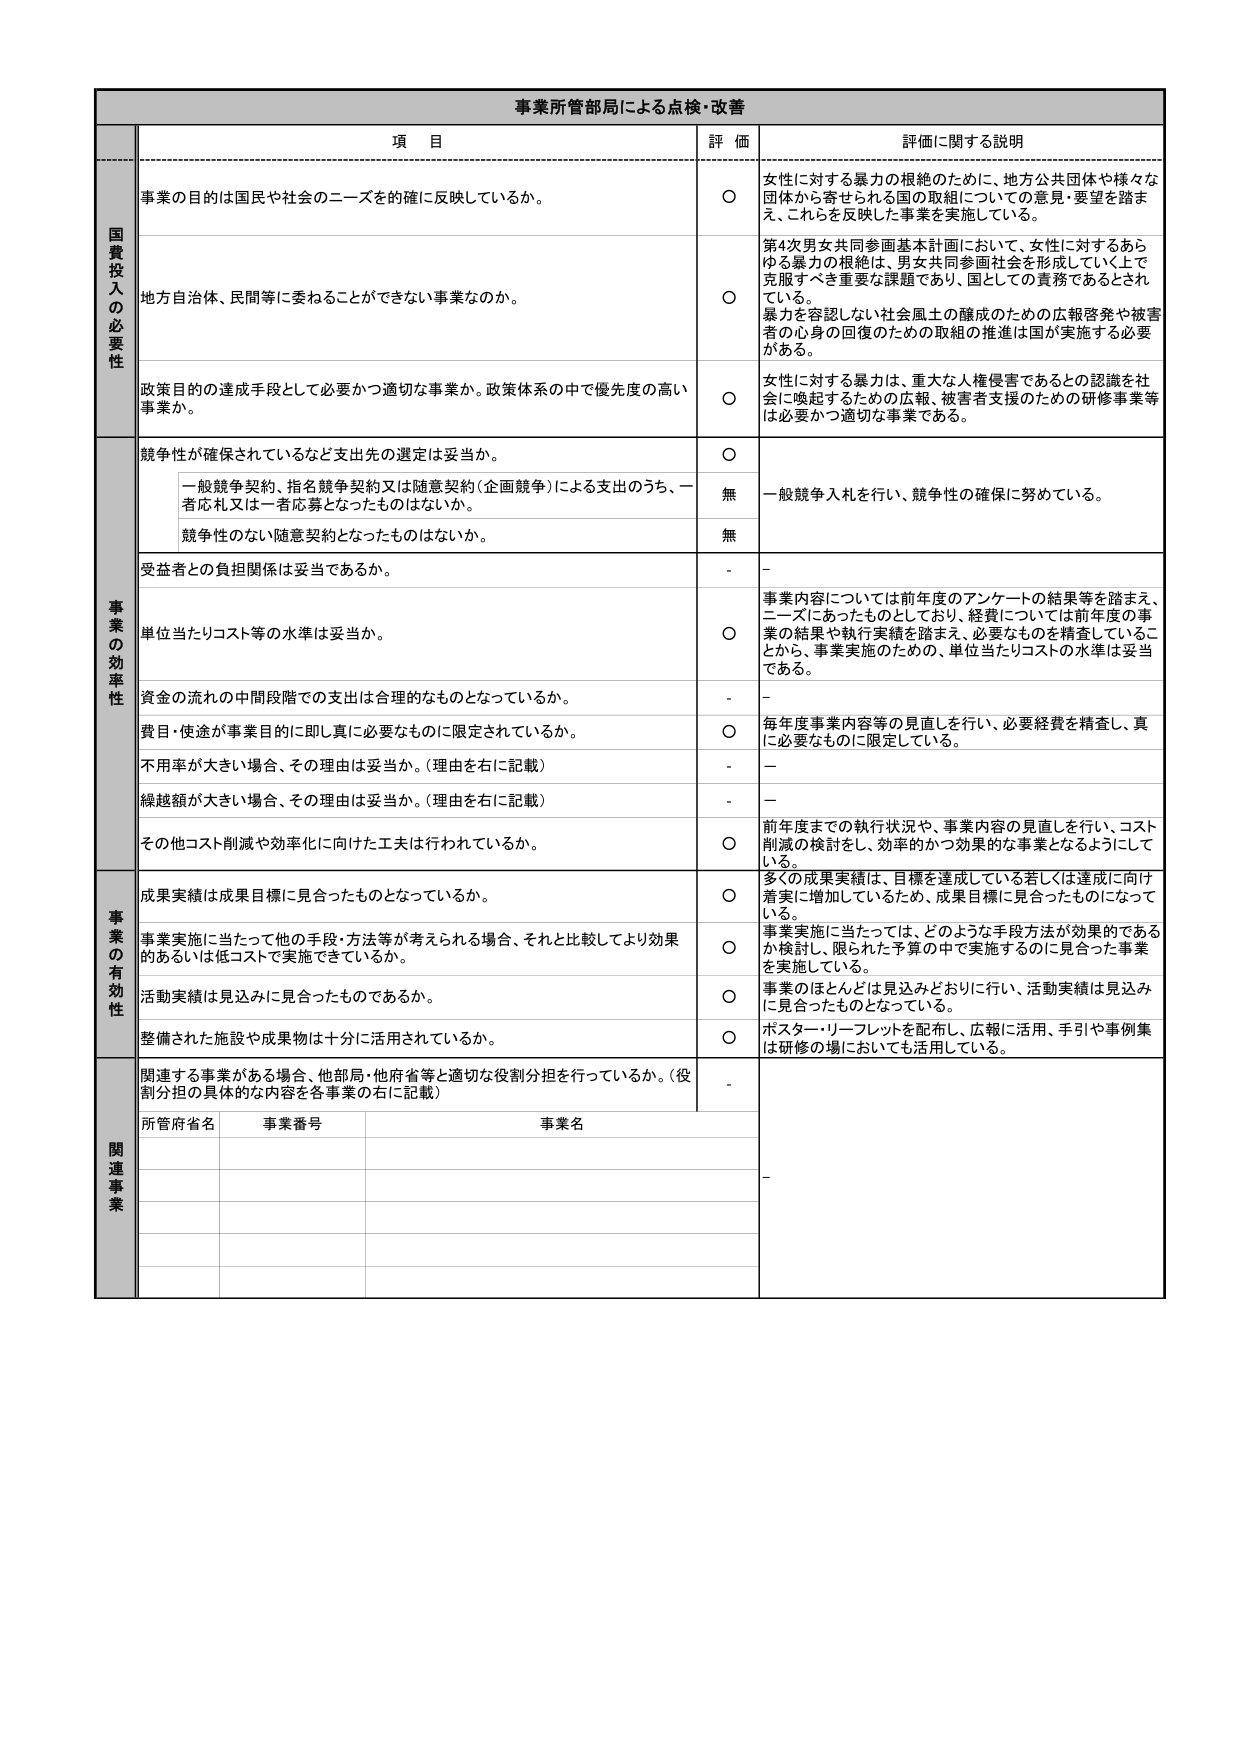
事業所管部局による点検・改善

項 目 評 価 詳細に関する説明

国費投入の必要性
事業の目的は国民や社会のニーズを的確に反映しているか。 ○ 女性に対する暴力の根絶のために、地方公共団体や様々な団体から寄せられる国の取組についての意見・要望を踏まえ、これらを反映した事業を実施している。
地方自治体、民間等に委ねることができない事業なのか。 ○ 第4次男女共同参画基本計画において、女性に対するあらゆる暴力の根絶は、男女共同参画社会を形成していく上で克服すべき重要な課題であり、国としての責務であるとされている。暴力を容認しない社会風土の醸成のための広報啓発や被害者の心身の回復のための取組の推進は国が実施する必要がある。
政策目的の達成手段として必要かつ適切な事業か。政策体系の中で優先度の高い事業か。 ○ 女性に対する暴力は、重大な人権侵害であるとの認識を社会に喚起するための広報、被害者支援のための研修事業等は必要かつ適切な事業である。

事業の効率性
競争性が確保されているなど支出先の選定は妥当か。 ○ 一般競争入札を行い、競争性の確保に努めている。
一般競争契約、指名競争契約又は随意契約（企画競争）による支出のうち、一者応札又は一者応募となったものはないか。 無
競争性のない随意契約となったものはないか。 無
受益者との負担関係は妥当であるか。 - -
単位当たりコスト等の水準は妥当か。 ○ 事業内容については前年度のアンケートの結果等を踏まえ、ニーズにあったものとしており、経費については前年度の事業の結果や執行実績を踏まえ、必要なものを精査していることから、事業実施のための、単位当たりコストの水準は妥当である。
資金の流れの中間段階での支出は合理的なものとなっているか。 - -
費目・使途が事業目的に即し真に必要なものに限定されているか。 ○ 毎年度事業内容等の見直しを行い、必要経費を精査し、真に必要なものに限定している。
不用率が大きい場合、その理由は妥当か。（理由を右に記載） - -
繰越額が大きい場合、その理由は妥当か。（理由を右に記載） - -
その他コスト削減や効率化に向けた工夫は行われているか。 ○ 前年度までの執行状況や、事業内容の見直しを行い、コスト削減の検討をし、効率的かつ効果的な事業となるようにしている。

事業の有効性
成果実績は成果目標に見合ったものとなっているか。 ○ 多くの成果実績は、目標を達成している若しくは達成に向け着実に増加しているため、成果目標に見合ったものになっている。
事業実施に当たって他の手段・方法等が考えられる場合、それと比較してより効果的あるいは低コストで実施できているか。 ○ 事業実施に当たっては、どのような手段方法が効果的であるか検討し、限られた予算の中で実施するのに見合った事業を実施している。
活動実績は見込みに見合ったものであるか。 ○ 事業のほとんどは見込みどおりに行い、活動実績は見込みに見合ったものとなっている。
整備された施設や成果物は十分に活用されているか。 ○ ポスター・リーフレットを配布し、広報に活用、手引や事例集は研修の場においても活用している。

関連事業
関連する事業がある場合、他部局・他府省等と適切な役割分担を行っているか。（役割分担の具体的な内容を各事業の右に記載） - -
所管府省名 事業番号 事業名 -